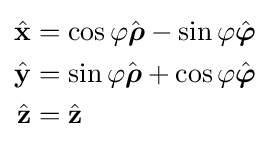
{\begin{aligned}{\hat {\mathbf {x} }}&=\cos \varphi {\hat {\boldsymbol {\rho }}}-\sin \varphi {\hat {\boldsymbol {\varphi }}}\\{\hat {\mathbf {y} }}&=\sin \varphi {\hat {\boldsymbol {\rho }}}+\cos \varphi {\hat {\boldsymbol {\varphi }}}\\{\hat {\mathbf {z} }}&={\hat {\mathbf {z} }}\end{aligned}}